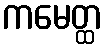
ကမေတ္ထ